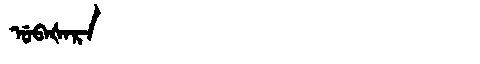
Manchu: ᡠᠪᠠᡧᠠᡵᠠ
Romanization: UBAŠARA